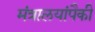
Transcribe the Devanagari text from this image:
मंत्रालयांपैकी